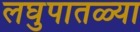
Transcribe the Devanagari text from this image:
लघुपातळ्या